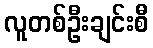
လူတစ်ဦးချင်းစီ